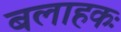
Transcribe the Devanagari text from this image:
बलाहकः